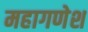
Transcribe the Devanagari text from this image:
महागणेश